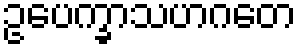
ဥပေက္ခာသဟဂတေ